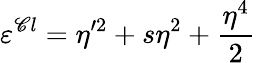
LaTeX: \varepsilon^{\mathscr{C}l}=\eta^{\prime2}+s\eta^{2}+\frac{{\eta^{4}}}{{2}}